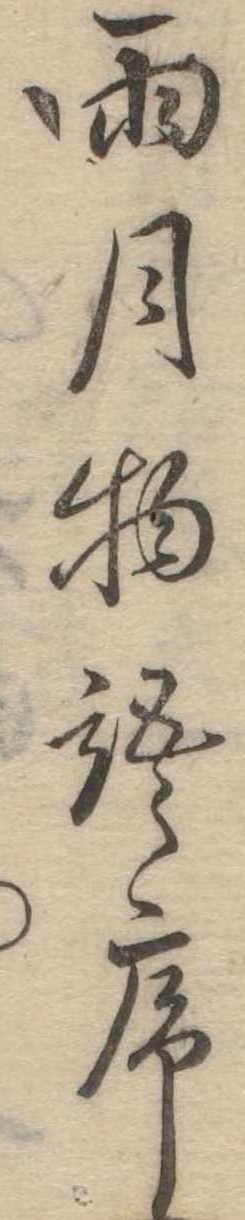
雨月物語序